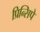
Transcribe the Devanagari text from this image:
प्रिन्सिपे